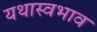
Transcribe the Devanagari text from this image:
यथास्वभाव